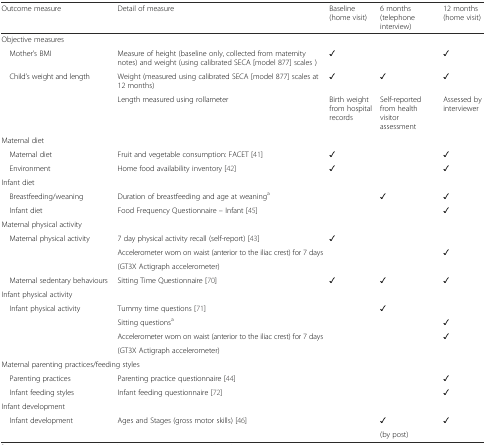
<table><thead><tr><td><b>Outcome measure</b></td><td><b>Detail of measure</b></td><td><b>Baseline (home visit)</b></td><td><b>6 months (telephone interview)</b></td><td><b>12 months (home visit)</b></td></tr></thead><tbody><tr><td colspan="5">Objective measures</td></tr><tr><td> Mother’s BMI</td><td>Measure of height (baseline only, collected from maternity notes) and weight (using calibrated SECA [model 877] scales )</td><td>✓</td><td></td><td>✓</td></tr><tr><td rowspan="2"> Child’s weight and length</td><td>Weight (measured using calibrated SECA [model 877] scales at 12 months)</td><td>✓</td><td>✓</td><td>✓</td></tr><tr><td>Length measured using rollameter</td><td>Birth weight from hospital records</td><td>Self-reported from health visitor assessment</td><td>Assessed by interviewer</td></tr><tr><td colspan="5">Maternal diet</td></tr><tr><td> Maternal diet</td><td>Fruit and vegetable consumption: FACET [41]</td><td>✓</td><td></td><td>✓</td></tr><tr><td> Environment</td><td>Home food availability inventory [42]</td><td>✓</td><td></td><td>✓</td></tr><tr><td colspan="5">Infant diet</td></tr><tr><td> Breastfeeding/weaning</td><td>Duration of breastfeeding and age at weaning<sup>a</sup></td><td></td><td>✓</td><td>✓</td></tr><tr><td> Infant diet</td><td>Food Frequency Questionnaire – Infant [45]</td><td></td><td></td><td>✓</td></tr><tr><td colspan="5">Maternal physical activity</td></tr><tr><td rowspan="3"> Maternal physical activity</td><td>7 day physical activity recall (self-report) [43]</td><td>✓</td><td></td><td></td></tr><tr><td>Accelerometer worn on waist (anterior to the iliac crest) for 7 days</td><td></td><td></td><td>✓</td></tr><tr><td>(GT3X Actigraph accelerometer)</td><td></td><td></td><td></td></tr><tr><td> Maternal sedentary behaviours</td><td>Sitting Time Questionnaire [70]</td><td>✓</td><td>✓</td><td>✓</td></tr><tr><td colspan="5">Infant physical activity</td></tr><tr><td rowspan="4"> Infant physical activity</td><td>Tummy time questions [71]</td><td></td><td>✓</td><td></td></tr><tr><td>Sitting questions<sup>a</sup></td><td></td><td></td><td>✓</td></tr><tr><td>Accelerometer worn on waist (anterior to the iliac crest) for 7 days</td><td></td><td></td><td>✓</td></tr><tr><td>(GT3X Actigraph accelerometer)</td><td></td><td></td><td></td></tr><tr><td colspan="5">Maternal parenting practices/feeding styles</td></tr><tr><td> Parenting practices</td><td>Parenting practice questionnaire [44]</td><td></td><td></td><td>✓</td></tr><tr><td> Infant feeding styles</td><td>Infant feeding questionnaire [72]</td><td></td><td></td><td>✓</td></tr><tr><td colspan="5">Infant development</td></tr><tr><td rowspan="2"> Infant development</td><td rowspan="2">Ages and Stages (gross motor skills) [46]</td><td rowspan="2"></td><td>✓</td><td rowspan="2">✓</td></tr><tr><td>(by post)</td></tr></tbody></table>